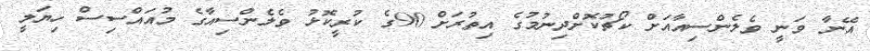
އޭނާ ވަނީ ވެލެންސިއާއަށް ކޯޗުކޮށްދިނުމުގެ އިތުރަށް 90ގެ ކުރީކޮޅު ވެލެންސިއާގެ މުއައްސިސް ހިޔަލީ